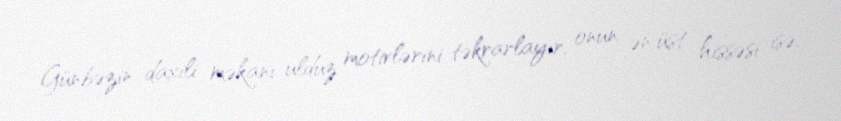
Günbəzin daxili məkanı ulduz motivlərini təkrarlayır, onun ən üst hissəsi isə,